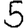
Digit: 5